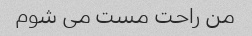
من راحت مست می شوم